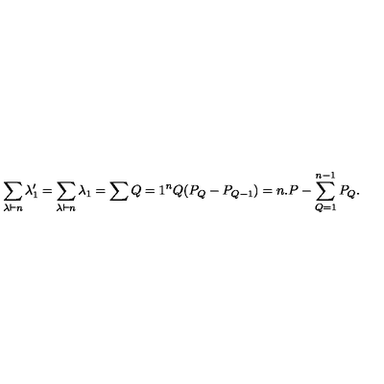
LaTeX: \sum _ { \lambda \vdash n } \lambda _ { 1 } ^ { \prime } = \sum _ { \lambda \vdash n } \lambda _ { 1 } = \sum { Q = 1 } ^ { n } Q ( P _ { Q } - P _ { Q - 1 } ) = n . P - \sum _ { Q = 1 } ^ { n - 1 } P _ { Q } { } .